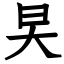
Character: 旲